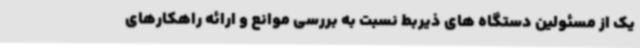
یک از مسئولین دستگاه های ذیربط نسبت به بررسی موانع و ارائه راهکارهای